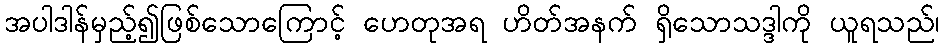
အပါဒါန်မှည့်၍ဖြစ်သောကြောင့် ဟေတုအရ ဟိတ်အနက် ရှိသောသဒ္ဒါကို ယူရသည်၊